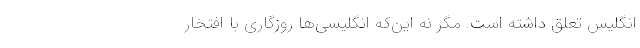
انگلیس تعلق داشته است. مگر نه این‌که انگلیسی‌ها روزگاری با افتخار